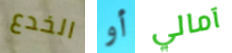
الخدع أو آمالي